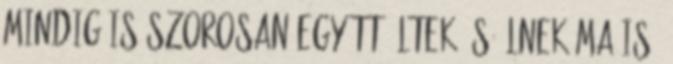
mindig is szorosan együtt éltek és élnek ma is,